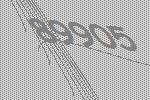
89905